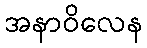
အနာဝိလေန